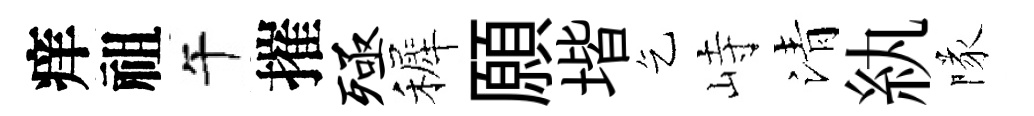
痒祖午摧殛裤願堦乞峙清紈隊